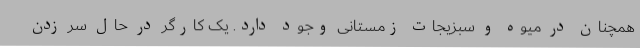
همچنان در میوه و سبزیجات زمستانی وجود دارد. یک کارگر در حال سر زدن